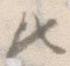
ひ